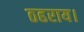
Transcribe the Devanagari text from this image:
ठहराय।